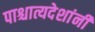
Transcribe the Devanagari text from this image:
पाश्चात्यदेशांनी